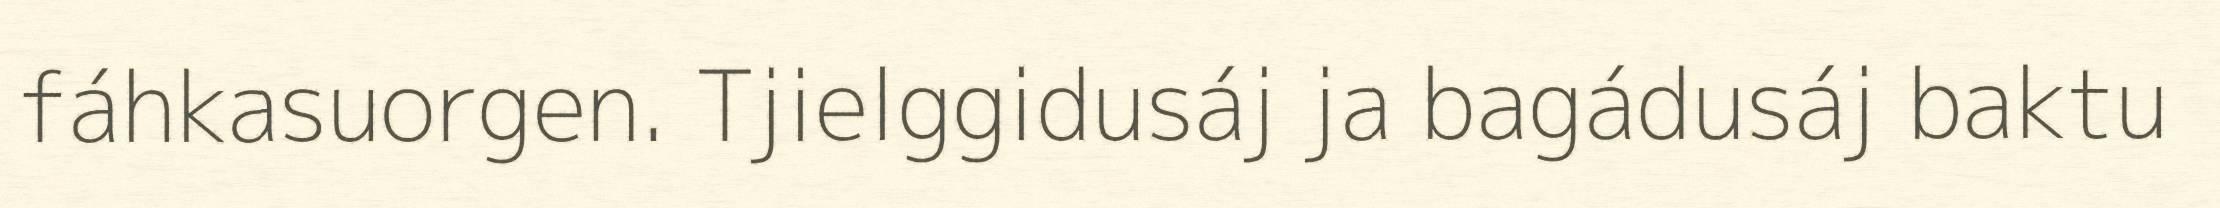
fáhkasuorgen. Tjielggidusáj ja bagádusáj baktu